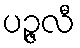
ပဉ္ဇလီ